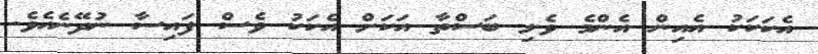
އެކަކަކު އެއިން އެންމެ ވެލި ބަސްތާ އަކަށް އެކަކު ވެސް ފައިސާ ނުދޭނެއެވެ.